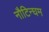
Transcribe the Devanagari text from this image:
नौटिन्घम